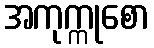
အကုက္ကုစော